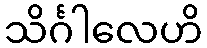
သိင်္ဂါလေဟိ